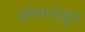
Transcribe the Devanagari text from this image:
संगमनेरहुन